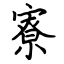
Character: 寮